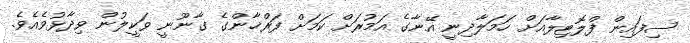
ސިފައިން ފްލޮޓިލާއަށް ހަމަލާދިނީ އޭނާގެ އަމުރަށް ކަމަށް ފަރްޚާންގެ ގާނޫނީ ވަކީލުން ވިދާޅުވެއެވެ.